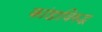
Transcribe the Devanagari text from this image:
कांडाविरुद्ध